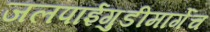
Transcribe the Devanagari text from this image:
जलपाईगुडीमार्गेच